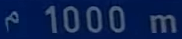
"m\